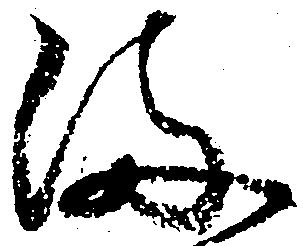
ま